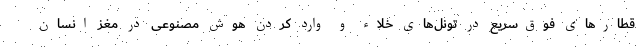
قطارهای فوق‌سریع در تونل‌های خلاء و وارد کردن هوش مصنوعی در مغز انسان